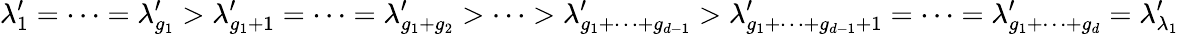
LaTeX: \lambda_{1}^{\prime}=\cdots=\lambda_{g_{1}}^{\prime}>\lambda_{g_{1}+1}^{\prime}=\cdots=\lambda_{g_{1}+g_{2}}^{\prime}>\cdots>\lambda_{g_{1}+\dots+g_{d-1}}^{\prime}>\lambda_{g_{1}+\dots+g_{d-1}+1}^{\prime}=\cdots=\lambda_{g_{1}+\dots+g_{d}}^{\prime}=\lambda_{\lambda_{1}}^{\prime}